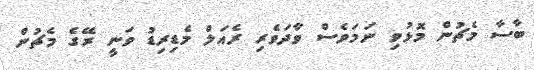
ބާސާ މެޗުން މޮޅުވި ނަމަވެސް ވާދަވެރި ރެއަލް މެޑިރިޑު ވަނީ ރޭގެ މެޗުން